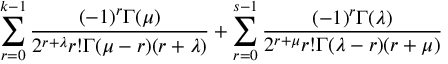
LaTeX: \sum _ { r = 0 } ^ { k - 1 } \frac { ( - 1 ) ^ { r } \Gamma ( \mu ) } { 2 ^ { r + \lambda } r ! \Gamma ( \mu - r ) ( r + \lambda ) } + \sum _ { r = 0 } ^ { s - 1 } \frac { ( - 1 ) ^ { r } \Gamma ( \lambda ) } { 2 ^ { r + \mu } r ! \Gamma ( \lambda - r ) ( r + \mu ) }